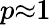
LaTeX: p{\approx}1